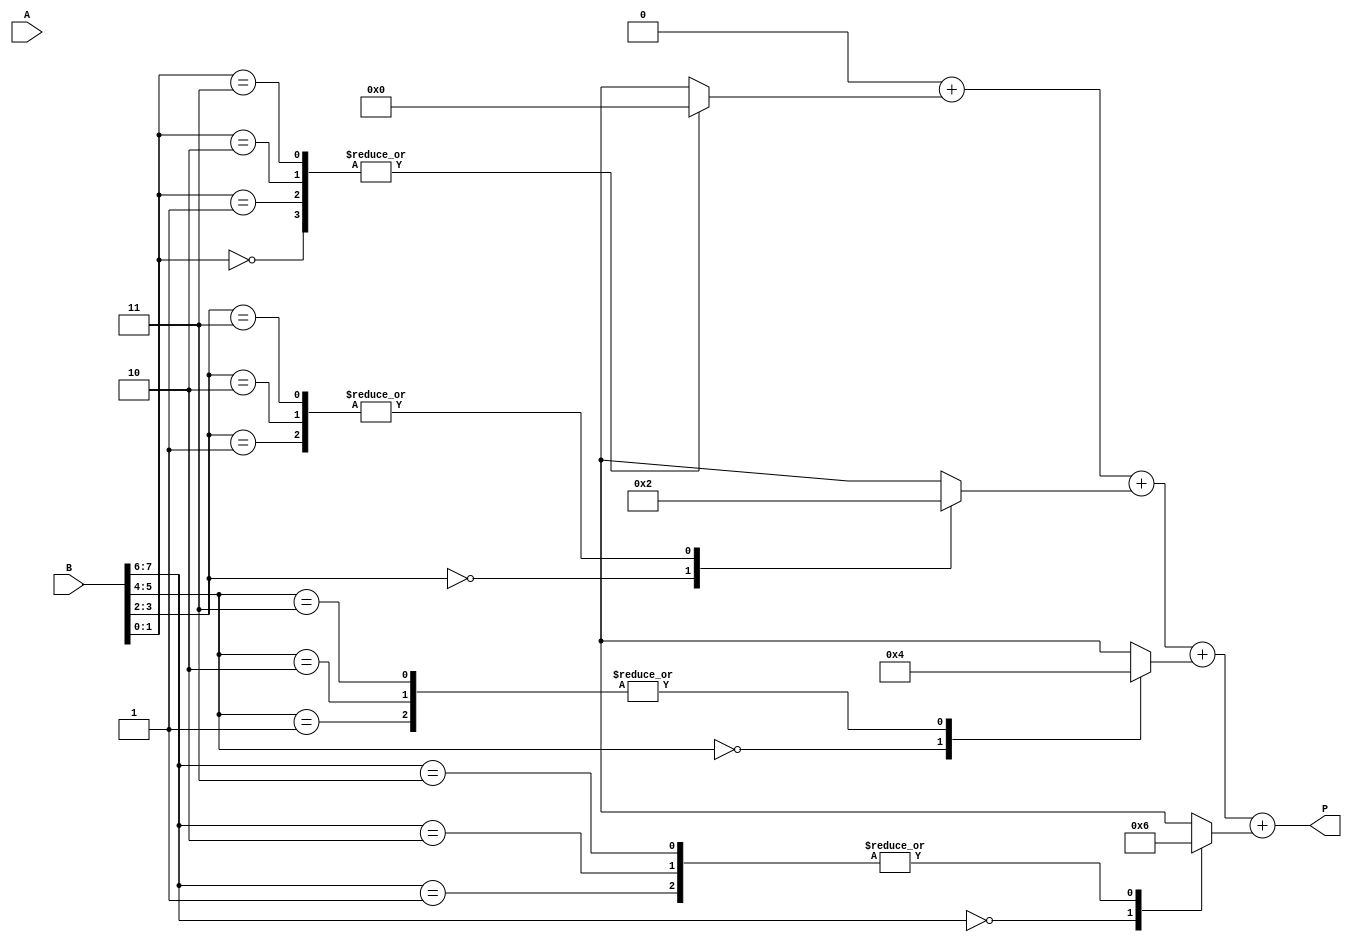
module radix4_multiplier #(parameter N = 8) (
    input signed [N-1:0] A,        // First operand
    input signed [N-1:0] B,        // Second operand
    output reg signed [2*N-1:0] P  // Product output
);

    reg [N-1:0] A_ext;              // Extended A for sign handling
    reg [N:0] B_ext;                // Extended B for sign handling (1 extra bit for overflow)
    reg [2*N-1:0] partial_products [0:(N/2)]; // Array to hold partial products
    integer i;

    // Sign extension for A
    always @(*) begin
        A_ext = A;
        if (A[N-1] == 1) begin
            A_ext[N-1:0] = {N{1'b1}};
        end
    end

    // Sign extension for B
    always @(*) begin
        B_ext = {B[N-1], B}; // Extend B with its sign bit
    end

    // Booth encoding and partial product generation
    always @(*) begin
        // Initialize partial products to zero
        for (i = 0; i < (N/2); i = i + 1) begin
            partial_products[i] = 0;
        end

        for (i = 0; i < N/2; i = i + 1) begin
            case (B_ext[2*i+1:2*i])  // Check pairs of bits in B
                2'b00: partial_products[i] = 0;             // No product
                2'b01: partial_products[i] = {A_ext, 2*i};   // A
                2'b10: partial_products[i] = {-A_ext, 2*i};  // -A
                2'b11: partial_products[i] = {A_ext << 1, 2*i}; // 2A
                default: partial_products[i] = 0;
            endcase
        end
    end

    // Final summation of partial products
    always @(*) begin
        P = 0; // Initialize product
        for (i = 0; i < (N/2); i = i + 1) begin
            P = P + partial_products[i]; // Sum all partial products
        end
    end

endmodule